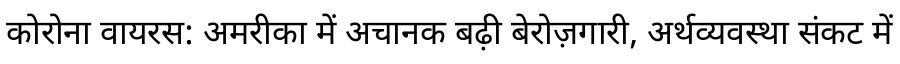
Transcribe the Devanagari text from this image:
कोरोना वायरस: अमरीका में अचानक बढ़ी बेरोज़गारी, अर्थव्यवस्था संकट में